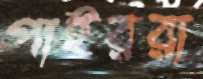
পাইররা